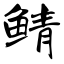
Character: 鲭